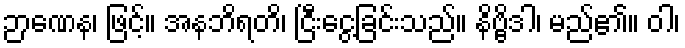
ဉာဏေန၊ ဖြင့်။ အနဘိရတိ၊ ငြီးငွေ့ခြင်းသည်။ နိဗ္ဗိဒါ၊ မည်၏။ ဝါ၊